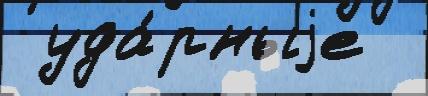
 уда́рныjе